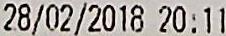
28/02/2018 20:11